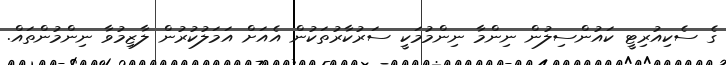
ގެ ސެކިއުރިޓީ ކައުންސިލުން ނިންމާ ނިންމުމަކީ ސަރުކާރުތަކުން އެއަށް އަމަލުކުރުން ލާޒިމުވާ ނިންމުންތައް.